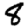
Digit: 8